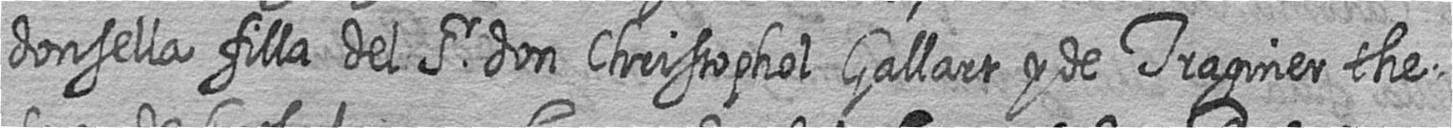
donsella filla del Sr don Christophol Gallart y de Traginer the=